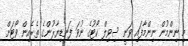
މި ނިންމުން ނިންމާފައި ވަނީ ސިވިލް ކޯޓުގެ ނުވަ ފަނޑިޔާރުންގެ ތެރެއިން ވޯޓަށް